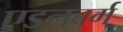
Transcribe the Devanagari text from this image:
एडनबर्ग